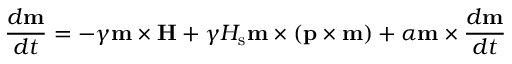
\frac { d \mathbf { m } } { d t } = - \gamma \mathbf { m } \times \mathbf { H } + \gamma H _ { \mathrm { s } } \mathbf { m } \times \left( \mathbf { p } \times \mathbf { m } \right) + \alpha \mathbf { m } \times \frac { d \mathbf { m } } { d t }